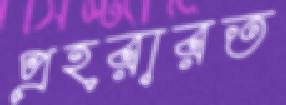
প্রহরারত